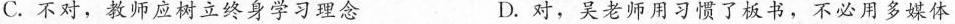
C.不对，教师应树立终身学习理念 D.对，吴老师用习惯了板书，不必用多媒体